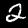
Label: 2